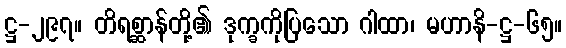
ဋ္ဌ-၂၉၇။ တိရစ္ဆာန်တို့၏ ဒုက္ခကိုပြသော ဂါထာ၊ မဟာနိ-ဋ္ဌ-၆၅။